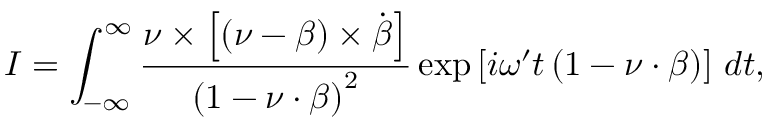
\boldsymbol { I } = \int _ { - \infty } ^ { \infty } \frac { \boldsymbol { \nu } \times \left[ \left( \boldsymbol { \nu } - \boldsymbol { \beta } \right) \times \dot { \boldsymbol { \beta } } \right] } { \left( 1 - \boldsymbol { \nu } \cdot \boldsymbol { \beta } \right) ^ { 2 } } \exp \left[ i \omega ^ { \prime } t \left( 1 - \boldsymbol { \nu } \cdot \boldsymbol { \beta } \right) \right] \, d t ,